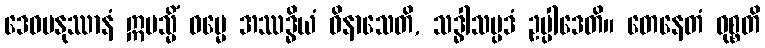
ဒေဝမနုဿာနံ ဣမသ္မိံ ဓမ္မေ အဿဒ္ဓိယံ ဝိနာသေတိ, သဒ္ဓါသမ္ပဒံ ဥပ္ပါဒေတိ။ တေနေတံ ဝုစ္စတိ